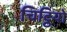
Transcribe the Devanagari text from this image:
चिट्ठियो